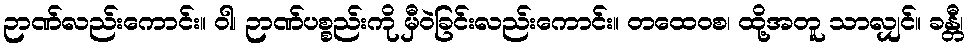
ဉာဏ်လည်းကောင်း။ ဝါ၊ ဉာဏ်ပစ္စည်းကို မှီဝဲခြင်းလည်းကောင်း။ တထေဝစ၊ ထို့အတူ သာလျှင်။ ခန္တီ၊